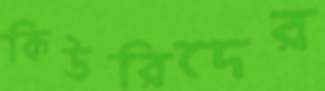
কিউরিদের